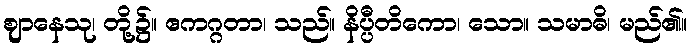
ဈာနေသု၊ တို့၌။ ဧကဂ္ဂတာ၊ သည်။ နိပ္ပီတိကော၊ သော။ သမာဓိ၊ မည်၏။